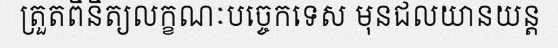
ត្រួតពិនិត្យលក្ខណៈបច្ចេកទេស មុនជលយានយន្ត